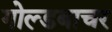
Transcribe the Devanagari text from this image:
गोल्डबाचर